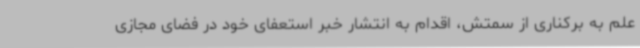
علم به برکناری از سمتش، اقدام به انتشار خبر استعفای خود در فضای مجازی